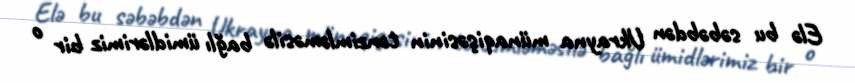
Elə bu səbəbdən Ukrayna münaqişəsinin tənzimləməsilə bağlı ümidlərimiz bir o